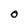
Character: O